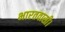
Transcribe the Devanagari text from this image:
भारतवासी।